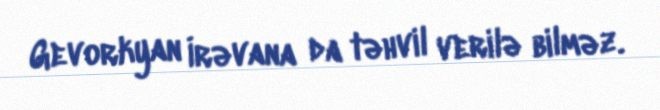
Gevorkyan İrəvana da təhvil verilə bilməz.